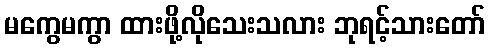
မကွေမကွာ ထားဖို့လိုသေးသလား ဘုရင့်သားတော်